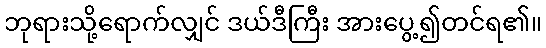
ဘုရားသို့ရောက်လျှင် ဒယ်ဒီကြီး အားပွေ့၍တင်ရ၏။